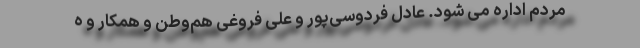
مردم اداره می شود. عادل فردوسی‌پور و علی فروغی هم‌وطن و همکار و ه